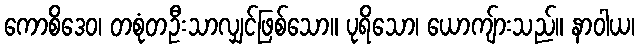
ကောစိဒေဝ၊ တစုံတဦးသာလျှင်ဖြစ်သော။ ပုရိသော၊ ယောကျ်ားသည်။ နာဝါယ၊